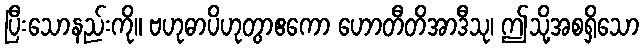
ပြီးသောနည်းကို။ ဗဟုဓာပိဟုတွာဧကော ဟောတီတိအာဒီသု၊ ဤသို့အစရှိသော